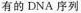
有的DNA序列